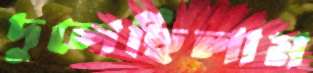
দুলেছিলাম